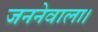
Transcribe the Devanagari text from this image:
जननेवाला।